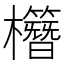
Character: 𣠱